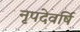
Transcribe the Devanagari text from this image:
नृपदेवर्षि